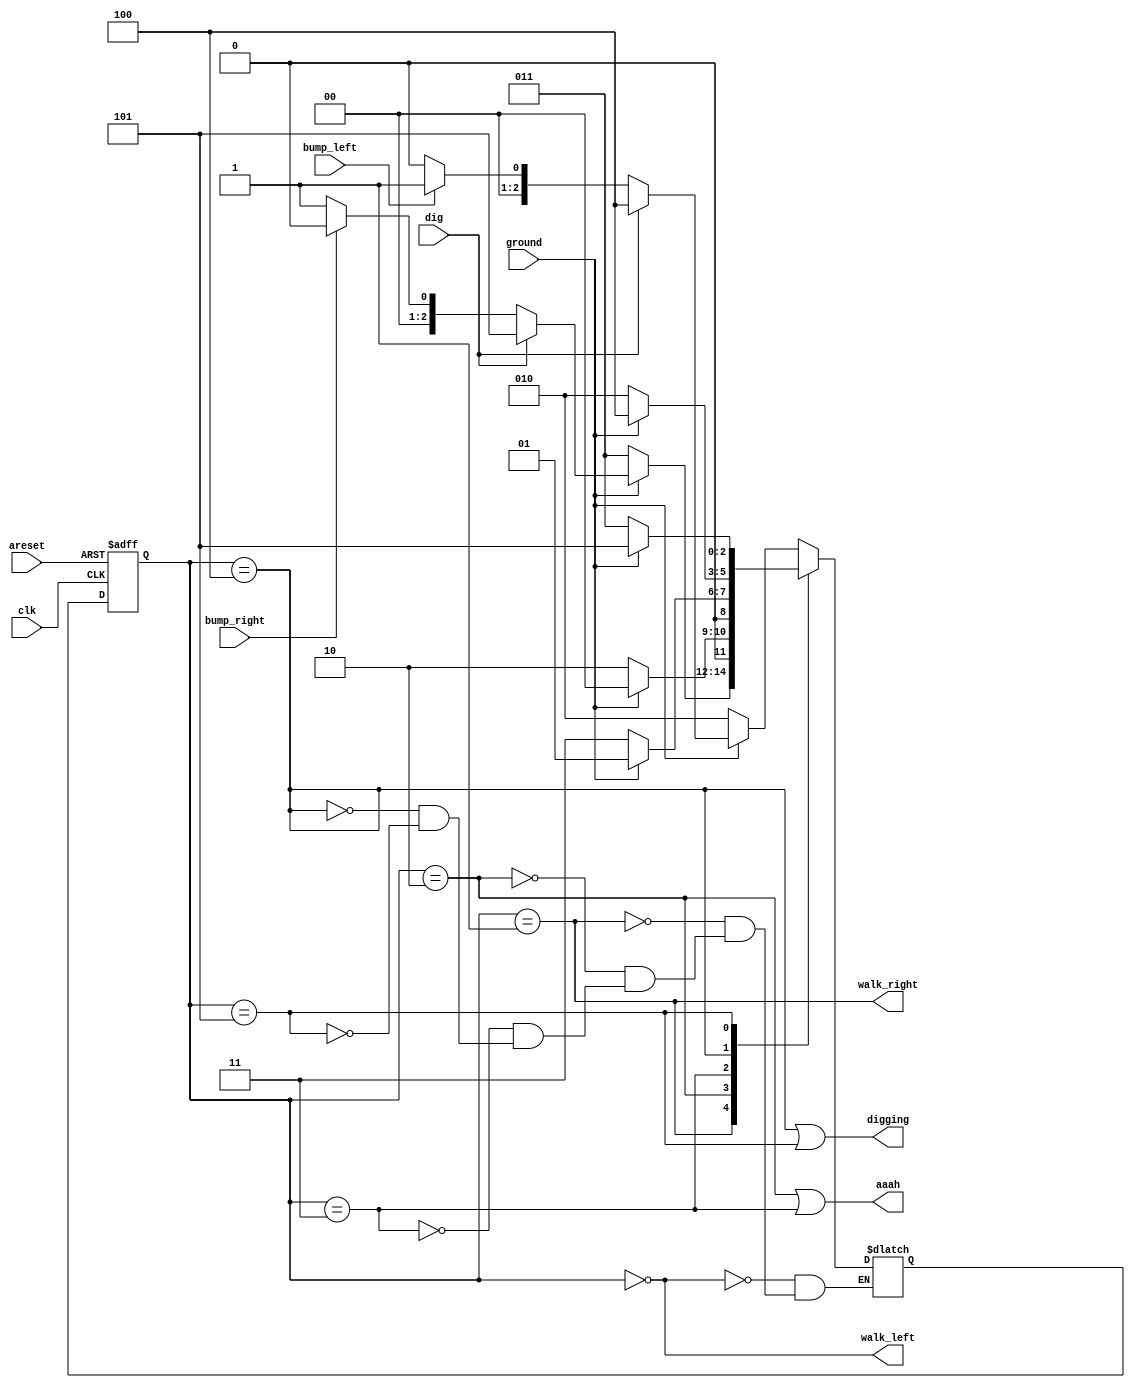
/*
See also: Lemmings1 and Lemmings2.

In addition to walking and falling, Lemmings can sometimes be
told to do useful things, like dig (it starts digging when dig=1).
A Lemming can dig if it is currently walking on ground (ground=1
and not falling), and will continue digging until it reaches the
other side (ground=0). At that point, since there is no ground,
it will fall (aaah!), then continue walking in its original
direction once it hits ground again. As with falling, being
bumped while digging has no effect, and being told to dig when
falling or when there is no ground is ignored.

(In other words, a walking Lemming can fall, dig, or switch
directions. If more than one of these conditions are satisfied,
fall has higher precedence than dig, which has higher precedence
than switching directions.)

Extend your finite state machine to model this behaviour.
*/

module top_module(
    input clk,
    input areset,    // Freshly brainwashed Lemmings walk left.
    input bump_left,
    input bump_right,
    input ground,
    input dig,
    output walk_left,
    output walk_right,
    output aaah,
    output digging ); 
    
    parameter L=0, R=1, FL=2, FR=3, DL=4, DR=5;
    reg [2:0] state, next;

    always @(*) begin
        case (state)
            L: begin
                if (ground)
                    if (dig)
                        next = DL;
                	else
                    	next = bump_left ? R : L;
                else
                    next = FL;
            end
            R: begin
                if (ground)
                    if (dig)
                        next = DR;
                    else
                        next = bump_right ? L : R;
                else
                    next = FR;
            end
            FL: next = ground ? L : FL;
            FR: next = ground ? R : FR;
            DL: begin
                next = ground ? DL : FL;
            end
            DR: begin
                next = ground ? DR : FR;
            end
        endcase
    end

    always @(posedge clk, posedge areset) begin
        if (areset) state <= L;
        else state <= next;
    end

    assign walk_left = (state == L);
    assign walk_right = (state == R);
    assign aaah = (state == FL | state == FR);
    assign digging = (state == DL | state == DR);

endmodule